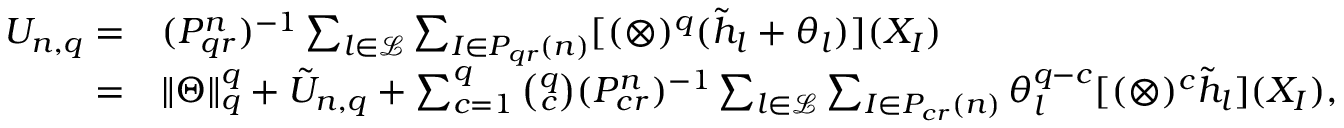
\begin{array} { r l } { U _ { n , q } = } & { ( P _ { q r } ^ { n } ) ^ { - 1 } \sum _ { l \in \mathcal { L } } \sum _ { I \in P _ { q r } ( n ) } [ ( \otimes ) ^ { q } ( \tilde { h } _ { l } + \theta _ { l } ) ] ( X _ { I } ) } \\ { = } & { \| \Theta \| _ { q } ^ { q } + \tilde { U } _ { n , q } + \sum _ { c = 1 } ^ { q } \binom { q } { c } ( P _ { c r } ^ { n } ) ^ { - 1 } \sum _ { l \in \mathcal { L } } \sum _ { I \in P _ { c r } ( n ) } \theta _ { l } ^ { q - c } [ ( \otimes ) ^ { c } \tilde { h } _ { l } ] ( X _ { I } ) , } \end{array}